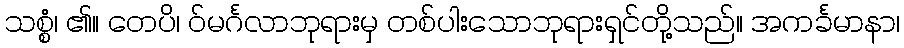
သစ္စံ၊ ၏။ တေပိ၊ ဝ်မင်္ဂလာဘုရားမှ တစ်ပါးသောဘုရားရှင်တို့သည်။ အကင်္ခမာနာ၊